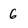
Character: 6